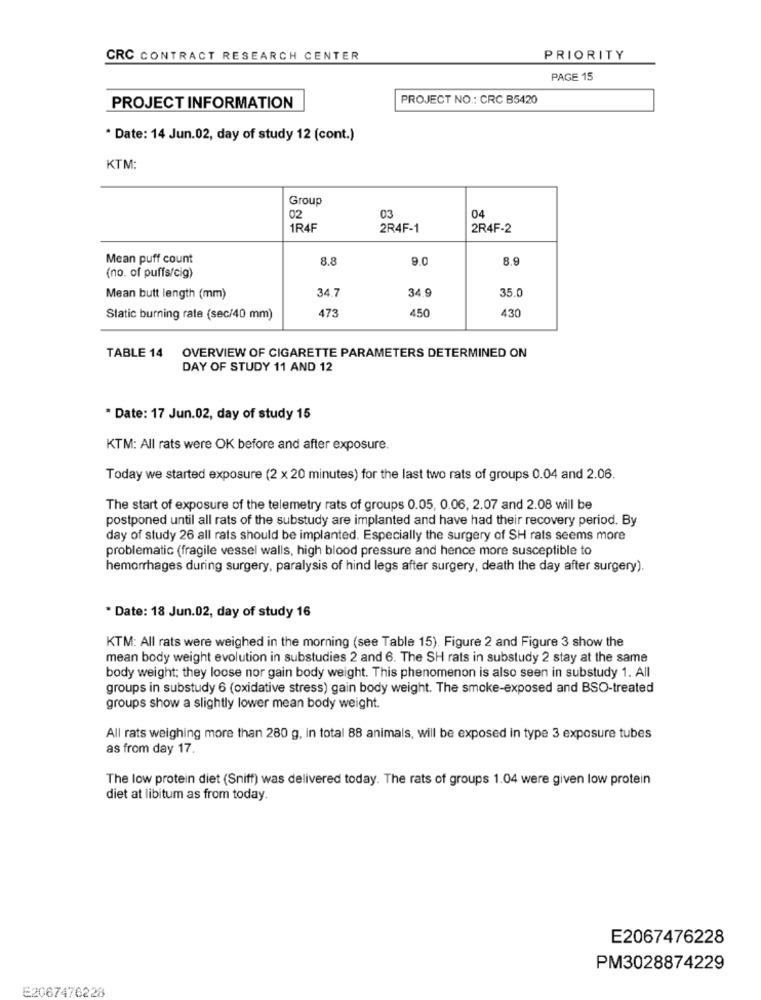
CRC CONTRACT RESEARCH CENTER
PRIORITY
PAGE 15
PROJECT NO .: CRC B5420
PROJECT INFORMATION
* Date: 14 Jun.02, day of study 12 (cont.)
KTM:
Group
02
03
04
1R4F
2R4F-1
2R4F-2
Mean puff count
8.8
9.0
8.9
(no. of puffs/cig)
34.7
34.9
35.0
Mean butt length (mm)
473
450
430
Static burning rate (sec/40 mm)
TABLE 14
OVERVIEW OF CIGARETTE PARAMETERS DETERMINED ON
DAY OF STUDY 11 AND 12
" Date: 17 Jun.02, day of study 15
KTM: All rats were OK before and after exposure.
Today we started exposure (2 x 20 minutes) for the last two rats of groups 0.04 and 2.06.
The start of exposure of the telemetry rats of groups 0.05, 0.06, 2.07 and 2.08 will be
postponed until all rats of the substudy are implanted and have had their recovery period. By
day of study 26 all rats should be implanted. Especially the surgery of SH rats seems more
problematic (fragile vessel walls, high blood pressure and hence more susceptible to
hemorrhages during surgery, paralysis of hind legs after surgery, death the day after surgery).
* Date: 18 Jun.02, day of study 16
KTM: All rats were weighed in the morning (see Table 15). Figure 2 and Figure 3 show the
mean body weight evolution in substudies 2 and 6. The SH rats in substudy 2 stay at the same
body weight; they loose nor gain body weight. This phenomenon is also seen in substudy 1. All
groups in substudy 6 (oxidative stress) gain body weight. The smoke-exposed and BSO-treated
groups show a slightly lower mean body weight.
All rats weighing more than 280 g, in total 88 animals, will be exposed in type 3 exposure tubes
as from day 17.
The low protein diet (Sniff) was delivered today. The rats of groups 1.04 were given low protein
diet at libitum as from today.
E2067476228
PM3028874229
E2067476228